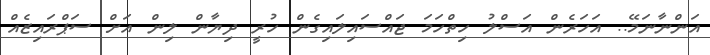
އަންނާނަމޭ.. އަހަރެން އަސްލު ހިތްހަމަ ޖައްސައިލައިގެން ހުރީ ދިޔާން ލިން އަށް ސަޕްރައިޒެއް